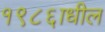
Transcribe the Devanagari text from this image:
१९८६ाधील